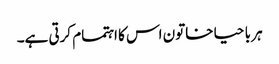
ہر با حیا خاتون اس کا اہتمام کرتی ہے۔